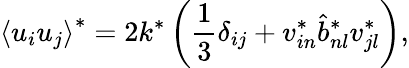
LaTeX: \left\langle u_{i}u_{j}\right\rangle^{*}=2k^{*}\left(\frac{1}{3}\delta_{ij}+v_{in}^{*}\hat{b}_{nl}^{*}v_{jl}^{*}\right),